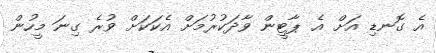
އެ ގޮނޑި އަށް އެ ޕާޓީން ވާދަކުރުމަށް އެކަކަށް ވުރެ ގިނަ މީހުން